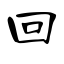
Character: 回